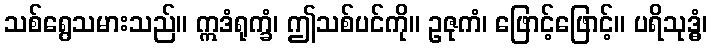
သစ်ရွေသမားသည်။ ဣဒံရုက္ခံ၊ ဤသစ်ပင်ကို။ ဥဇုကံ၊ ဖြောင့်ဖြောင့်။ ပရိသုဒ္ဓံ၊